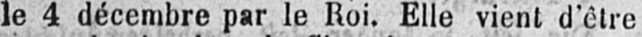
le 4 décembre par le Roi. Elle vient d’être